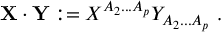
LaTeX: { \bf X } \cdot { \bf Y } : = X ^ { A _ { 2 } . . . A _ { p } } Y _ { A _ { 2 } . . . A _ { p } } \ .